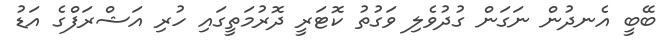
ބޭބީ އެނދުން ނަގަން ގުދުވެލި ވަގުތު ކޮޓަރީ ދޮރުމަތީގައި ހުރި އަޝްރަފްގެ އަޑު